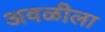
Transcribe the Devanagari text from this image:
अवळीला